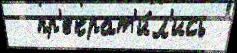
  пр'екрат'и́л'ись